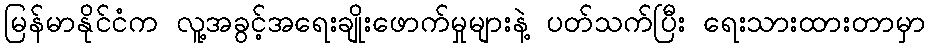
မြန်မာနိုင်ငံက လူ့အခွင့်အရေးချိုးဖောက်မှုများနဲ့ ပတ်သက်ပြီး ရေးသားထားတာမှာ